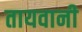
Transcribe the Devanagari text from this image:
तायवानी